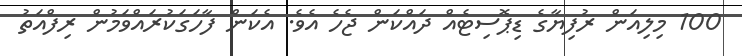
100 މިލިއަން ރުފިޔާގެ ޑިޕޮސިޓެއް ދައްކަން ޖެހެ އެވެ. އެކަން ފާހަގަކުރައްވަމުން ރިފްއަތު